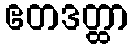
ဧတဒတ္ထာ